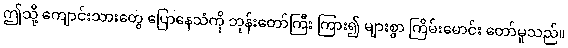
ဤသို့ ကျောင်းသားတွေ ပြောနေသံကို ဘုန်းတော်ကြီး ကြား၍ များစွာ ကြိမ်းမောင်း တော်မူသည်။